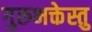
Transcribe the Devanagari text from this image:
गुरुभक्तेस्तु